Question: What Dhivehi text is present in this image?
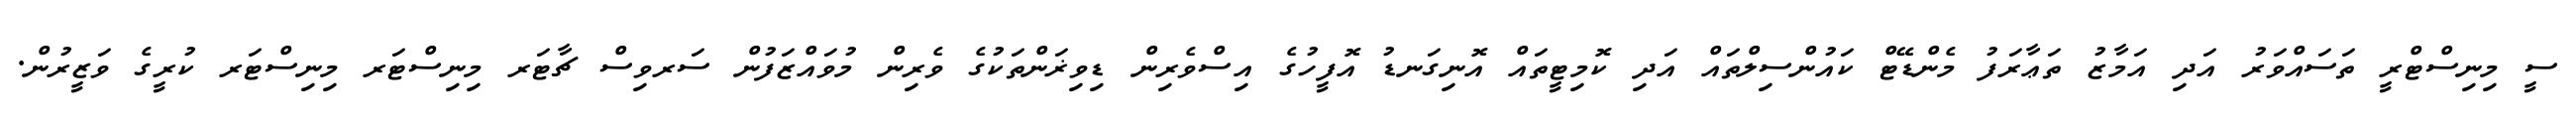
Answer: ސީ މިނިސްޓްރީ ތަސައްވަރު އަދި އަމާޒު ތަޢާރަފު މެންޑޭޓް ކައުންސިލްތައް އަދި ކޮމިޓީތައް އޮނިގަނޑު އޮފީހުގެ އިސްވެރިން ޑިވިޜަންތަކުގެ ވެރިން މުވައްޒަފުން ސަރވިސް ޗާޓަރ މިނިސްޓަރ މިނިސްޓަރ ކުރީގެ ވަޒީރުން.